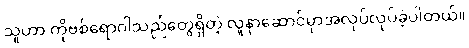
သူဟာ ကိုဗစ်ရောဂါသည်တွေရှိတဲ့ လူနာဆောင်မှာအလုပ်လုပ်ခဲ့ပါတယ်။